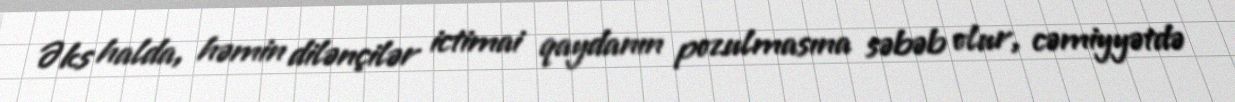
Əks halda, həmin dilənçilər ictimai qaydanın pozulmasına səbəb olur, cəmiyyətdə